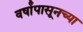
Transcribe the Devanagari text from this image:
वर्षांपासूनच्या